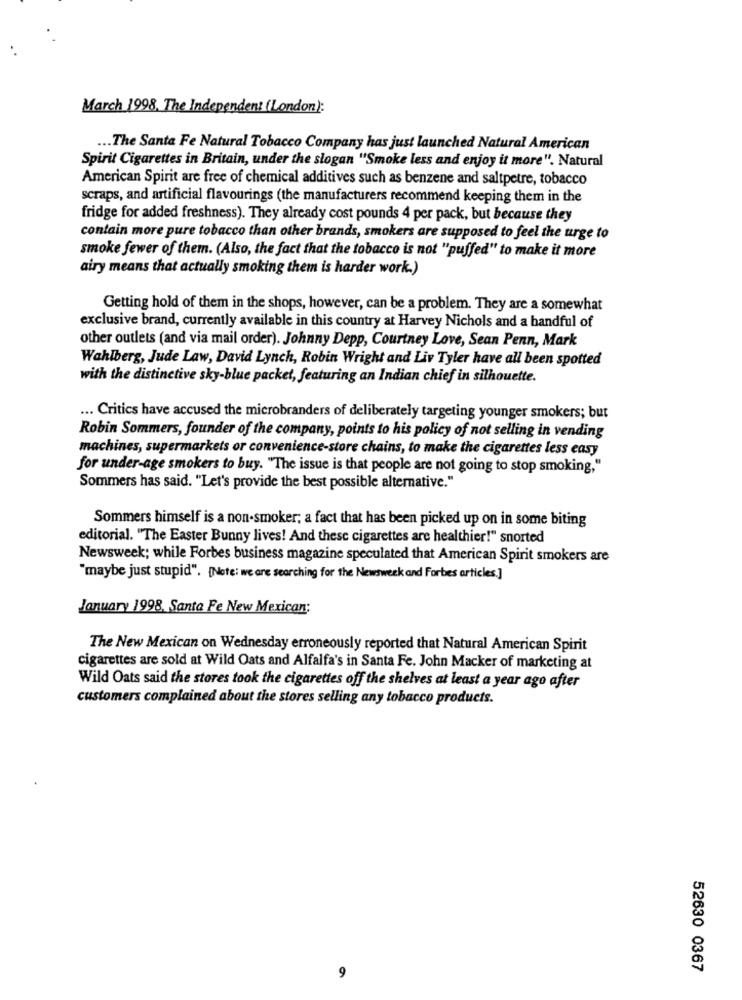
March 1998. The Independent (London):
... The Santa Fe Natural Tobacco Company has just launched Natural American
Spirit Cigarettes in Britain, under the slogan "Smoke less and enjoy it more". Natural
American Spirit are free of chemical additives such as benzene and saltpetre, tobacco
scraps, and artificial flavourings (the manufacturers recommend keeping them in the
fridge for added freshness). They already cost pounds 4 per pack, but because they
contain more pure tobacco than other brands, smokers are supposed to feel the urge to
smoke fewer of them. (Also, the fact that the tobacco is not "puffed" to make it more
airy means that actually smoking them is harder work.)
Getting hold of them in the shops, however, can be a problem. They are a somewhat
exclusive brand, currently available in this country at Harvey Nichols and a handful of
other outlets (and via mail order). Johnny Depp, Courtney Love, Sean Penn, Mark
Wahlberg, Jude Law, David Lynch, Robin Wright and Liv Tyler have all been spotted
with the distinctive sky-blue packet, featuring an Indian chief in silhouette.
... Critics have accused the microbranders of deliberately targeting younger smokers; but
Robin Sommers, founder of the company, points to his policy of not selling in vending
machines, supermarkets or convenience-store chains, to make the cigarettes less easy
for under-age smokers to buy. "The issue is that people are not going to stop smoking,"
Sommers has said. "Let's provide the best possible alternative."
Sommers himself is a non-smoker; a fact that has been picked up on in some biting
editorial. "The Easter Bunny lives! And these cigarettes are healthier!" snorted
Newsweek; while Forbes business magazine speculated that American Spirit smokers are
"maybe just stupid". [Note: we are searching for the Newsweek and Forbes articles.]
January 1998, Santa Fe New Mexican;
The New Mexican on Wednesday erroneously reported that Natural American Spirit
cigarettes are sold at Wild Oats and Alfalfa's in Santa Fe. John Macker of marketing at
Wild Oats said the stores took the cigarettes off the shelves at least a year ago after
customers complained about the stores selling any tobacco products.
9
52630 0367